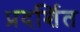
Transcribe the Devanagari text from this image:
प्रदर्शित